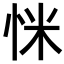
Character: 𢘺